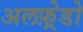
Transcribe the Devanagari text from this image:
अलफ़्रेडो